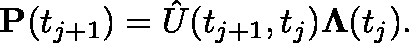
\mathbf { P } ( t _ { j + 1 } ) = \hat { U } ( t _ { j + 1 } , t _ { j } ) \mathbf { \Lambda } ( t _ { j } ) .